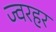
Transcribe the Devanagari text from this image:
ज्वरहर